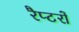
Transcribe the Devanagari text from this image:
रैप्टरों